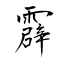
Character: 霹